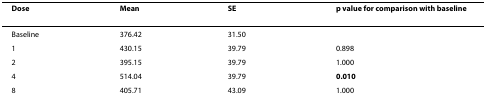
| Dose | Mean | SE | p value for comparison with baseline |
 | --- | --- | --- | --- |
 | Baseline | 376.42 | 31.50 |  |
 | 1 | 430.15 | 39.79 | 0.898 |
 | 2 | 395.15 | 39.79 | 1.000 |
 | 4 | 514.04 | 39.79 | 0.010 |
 | 8 | 405.71 | 43.09 | 1.000 |